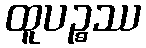
ထူပဉ္စဿ